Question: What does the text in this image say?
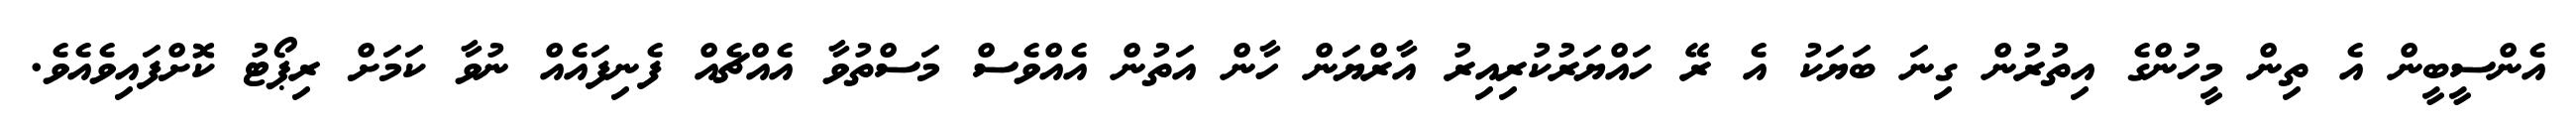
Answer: އެންސީބީން އެ ތިން މީހުންގެ އިތުރުން ގިނަ ބަޔަކު އެ ރޭ ހައްޔަރުކުރިއިރު އާރްޔަން ހާން އަތުން އެއްވެސް މަސްތުވާ އެއްޗެއް ފެނިފައެއް ނުވާ ކަމަށް ރިޕޯޓު ކޮށްފައިވެއެވެ.